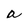
Character: a